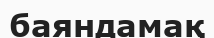
баяндамақ